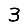
Digit: 3